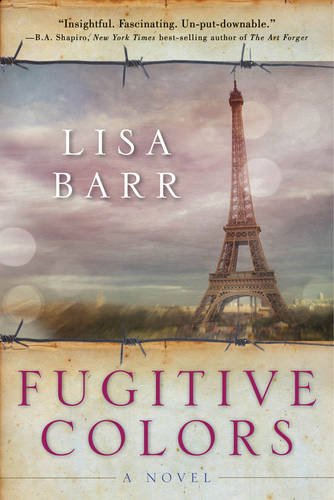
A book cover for Fugitive Colors: A Novel; Lisa Barr; Literature & Fiction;